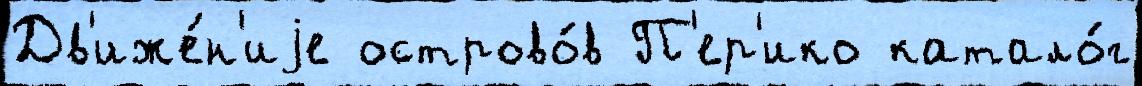
Дв'иже́н'иjе острово́в П'ер'ико катало́г